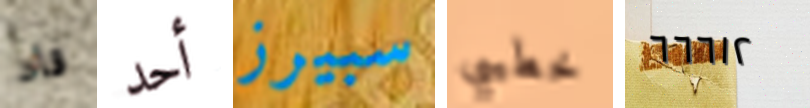
قاد أحد سبيرز خطيبي ٦٦٦١٢